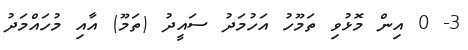
3- 0 އިން މޮޅުވި ތަމޫހު އަހުމަދު ސައީދު (ތަމޫ) އާއި މުހައްމަދު